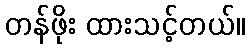
တန်ဖိုး ထားသင့်တယ်။